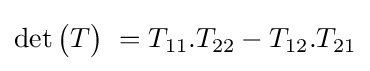
\det {\begin{pmatrix}T\end{pmatrix}}\ =T_{11}.T_{22}-T_{12}.T_{21}